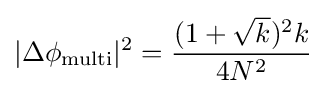
|\Delta \phi _{\text{multi}}|^{2}={\frac {(1+{\sqrt {k}})^{2}k}{4N^{2}}}